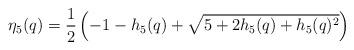
LaTeX: \begin{align*}\eta_5(q)=\frac{1}{2}\left(-1-h_5(q)+\sqrt{5+2h_5(q)+h_5(q)^2}\right)\end{align*}